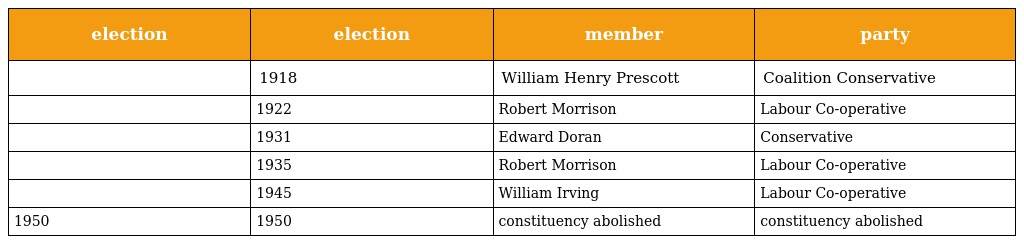
| election | election | member | party |
 | --- | --- | --- | --- |
 |  | 1918 | William Henry Prescott | Coalition Conservative |
 |  | 1922 | Robert Morrison | Labour Co-operative |
 |  | 1931 | Edward Doran | Conservative |
 |  | 1935 | Robert Morrison | Labour Co-operative |
 |  | 1945 | William Irving | Labour Co-operative |
 | 1950 | 1950 | constituency abolished | constituency abolished |